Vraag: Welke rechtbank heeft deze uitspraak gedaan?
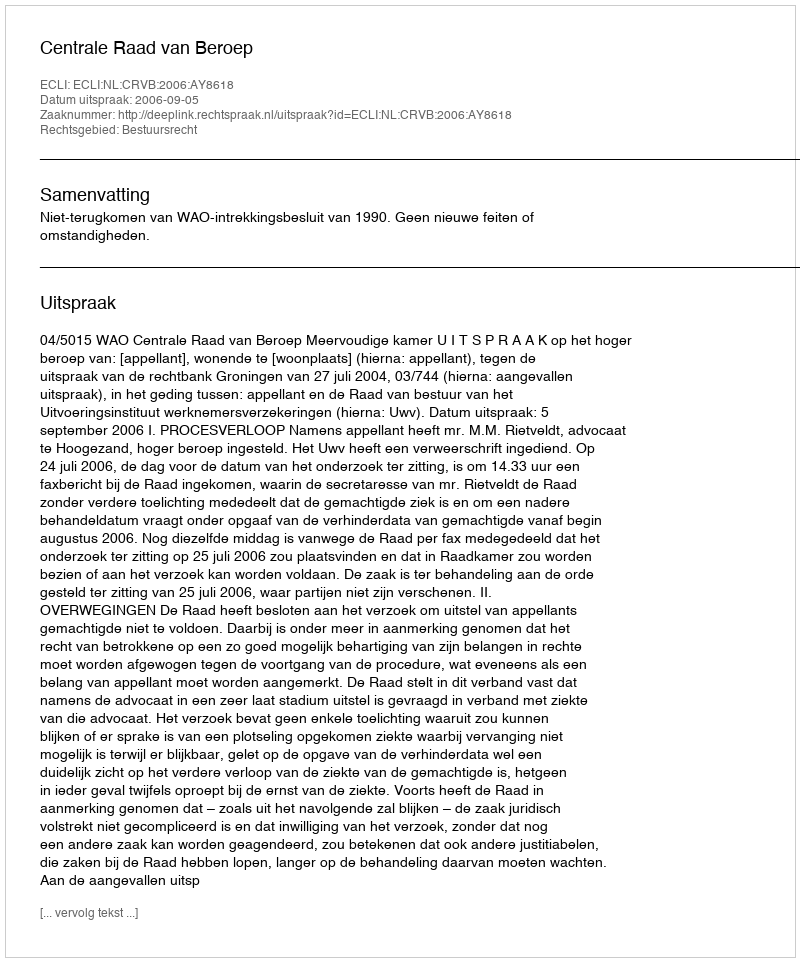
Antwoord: Centrale Raad van Beroep